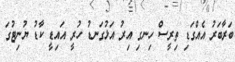
ބަރާބަރު އެއްގަޑި ތިރީސް ހިނގި އިރު އަޅުގަނޑު ހުރީ އައިޑީ ކާޑު ޔުނިޓުގަ